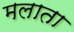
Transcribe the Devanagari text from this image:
मलाता